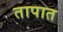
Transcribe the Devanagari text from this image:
तापात